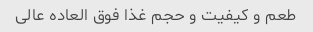
طعم و کیفیت و حجم غذا فوق العاده عالی